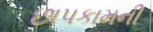
છાપકામની